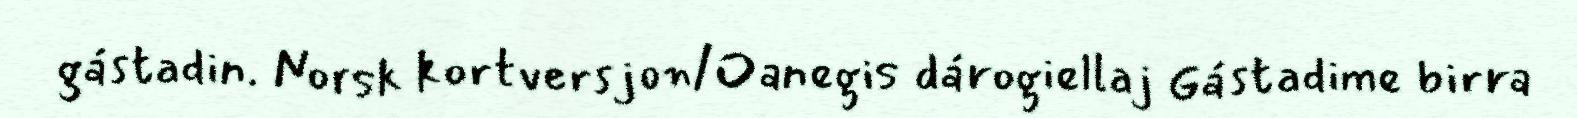
gástadin. Norsk kortversjon/Oanegis dárogiellaj Gástadime birra